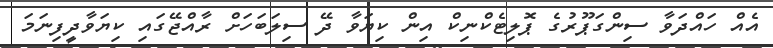
އެއް ހައްދަވާ ސިންގަޕޫރުގެ ޕޮލިޓެކްނިކް އިން ކިޔަވާ ދޭ ސިލަބަހަށް ރާއްޖޭގައި ކިޔަވާދީފިނަމަ